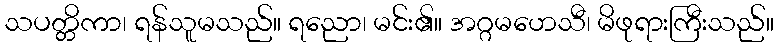
သပတ္တိကာ၊ ရန်သူမသည်။ ရညော၊ မင်း၏။ အဂ္ဂမဟေသီ၊ မိဖုရားကြီးသည်။